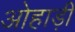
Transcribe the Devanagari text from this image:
ओहाड़ी